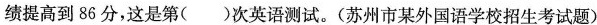
绩提高到86分，这是第( )次英语测试。(苏州市某外国语学校招生考试题)